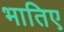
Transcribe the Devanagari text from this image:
भातिए